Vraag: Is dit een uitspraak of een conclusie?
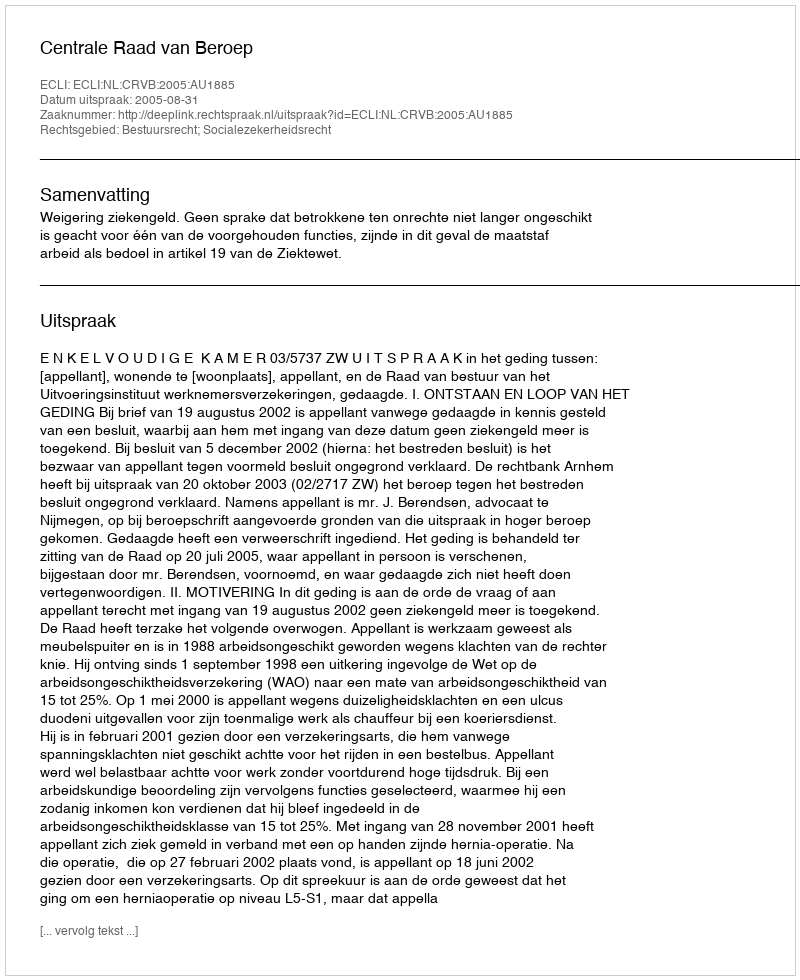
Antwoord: Uitspraak